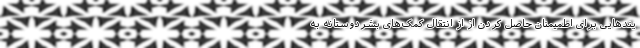
یندهایی برای اطمیمنان حاصل کردن از از انتقال کمک‌های بشردوستانه به